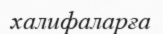
халифаларға